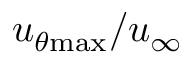
u _ { \theta \mathrm { { m a x } } } / u _ { \infty }